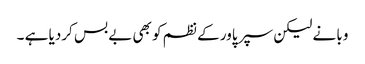
وبا نے لیکن سپر پاور کے نظم کو بھی بے بس کردیا ہے ۔